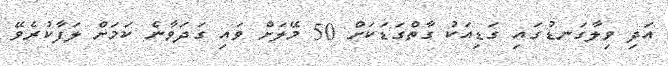
އަދި ވިލާގަނޑުގައި ގަޑިއަކު ގާތްގަޑަކަށް 50 މޭލަށް ވައި ގަދަވާނެ ކަމަށް ލަފާކުރެވޭ